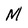
Character: M